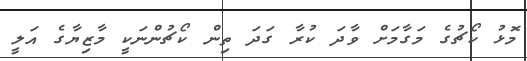
މޮޅު ކޯޗުގެ މަގާމަށް ވާދަ ކުރާ ގަދަ ތިން ކޯޗުންނަކީ މާޒިޔާގެ އަލީ